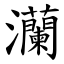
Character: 灡